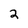
Character: 2